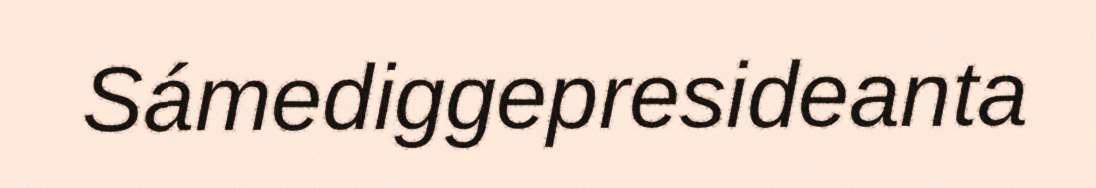
Sámediggepresideanta